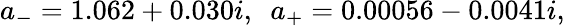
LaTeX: a_{-}=1.062+0.030i,\ \ a_{+}=0.00056-0.0041i,